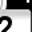
Digit: 2